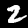
Label: 2